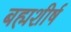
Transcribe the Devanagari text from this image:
बह्मशीर्ष